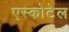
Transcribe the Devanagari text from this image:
एस्कोटेल